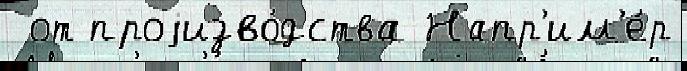
 от проjизво́дства Напр'им'е́р